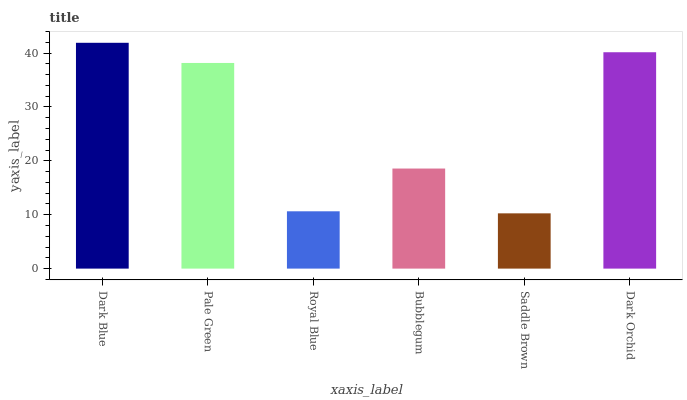
| xaxis_label | bars |
 | --- | --- |
 | Dark Blue | 41.9 |
 | Pale Green | 38.2 |
 | Royal Blue | 10.6 |
 | Bubblegum | 18.6 |
 | Saddle Brown | 10.3 |
 | Dark Orchid | 40.2 |